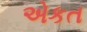
એકત